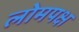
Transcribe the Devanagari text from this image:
लोमपक्ष